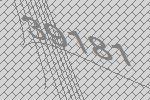
39181